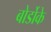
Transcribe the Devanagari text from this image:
बोर्डोके